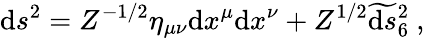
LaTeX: \mathrm{d}s^{2}=Z^{-1/2}\eta_{\mu\nu}\mathrm{d}x^{\mu}\mathrm{d}x^{\nu}+Z^{1/2}\widetilde{{\mathrm{d}s}}{}_{6}^{2}\ ,